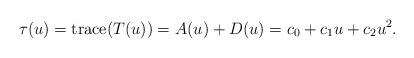
LaTeX: \begin{align*}\tau(u) ={\rm trace}(T(u)) = A(u)+D(u)=c_0+c_1u+c_2u^2.\end{align*}